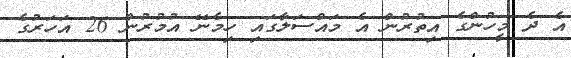
އެ ދެ މީހުންގެ އިތުރުން އެ މައްސަލާގައި ހިމެނޭ އުމުރުން 26 އަހަރުގެ